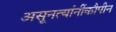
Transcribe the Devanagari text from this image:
असूनत्यांनींकौपीन